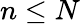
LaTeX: n\leq N